Vaccine operations Central Provinces & Berar 1922-1929 - 1922-1929
Year: 1922
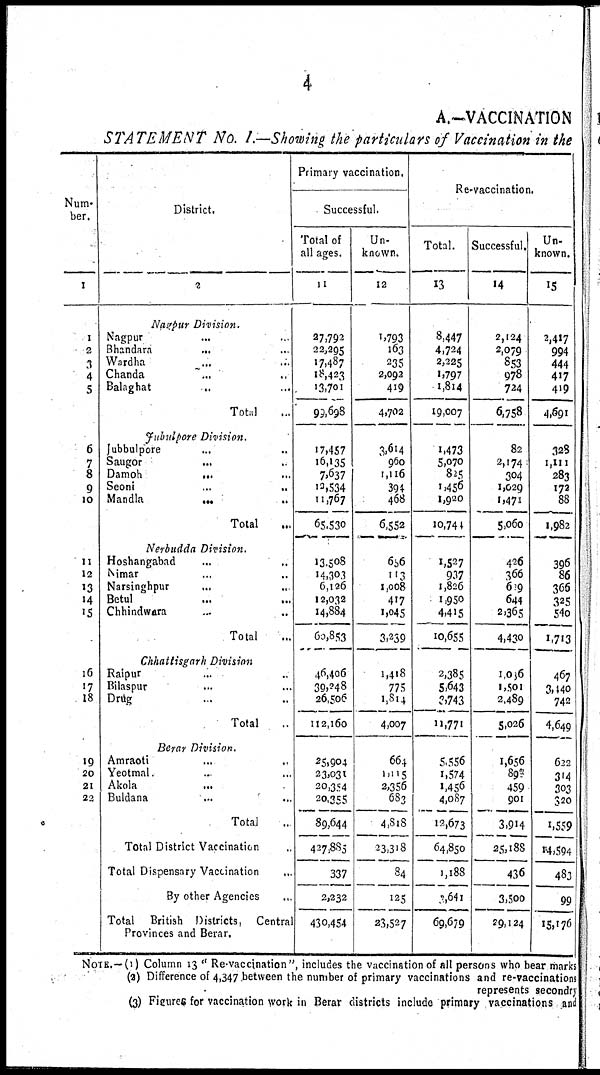
4
A.—VACCINATION
STATEMENT No. I.—Showing the particulars of Vaccination in the
Num-
ber.
1
1
2
3
4
5
6
7
8
9
10
11
12
13
14
15
16
17
18
19
20
21
22
District.
2
Nagpur
Division.
Nagpur ... ...
Bhandara
...
...
Wardha ... ...
Chanda ... ...
Balaghat ... ...
Total ...
Jubulpore
Division.
Jubbulpore
...
...
Saugor ... ...
Damoh
...
...
Seoni ... ...
Mandla ... ...
Total ...
Nerbudda
Division.
Hoshangabad ... ...
Nimar ... ...
Narsinghpur ... ...
Betul ... ...
Chhindwara ... ...
Total ...
Chhattisgarh
Division
Raipur ... ...
Bilaspur ... ...
Drug ... ...
Total ...
Berar
Division.
Amraoti ... ...
Yeotmal ... ...
Akola
...
...
Buldana ... ...
Total ...
Total District Vaccination ...
Total Dispensary Vaccination ...
By other Agencies ...
Total
British Districts,
Centra
Provinces and Berar.
Primary vaccination.
Successful.
Total of
all ages.
11
27,792
22,295
17,487
18,423
13,701
99,698
17,457
16,135
7,637
12,534
11,767
65,530
13,508
14,300
6,126
12,032
14,884
60,853
46,406
39,248
26,506
112,160
25,904
23,031
20,304
20,355
89,644
427,885
337
2,232
430,454
Un-
known.
12
1,793
163
235
2,092
419
4,702
3,614
960
1,116
394
468
6,552
656
113
1,008
417
1,045
3,239
1,418
775
1,814
4,007
664
1,115
2,356
683
4,818
23,318
84
125
23,527
Re-vaccination.
Total.
13
8,447
4,724
2,225
1,797
1,814
19,007
1,473
5,070
825
1,456
1,920
10,741
1,527
937
1,826
1,950
4,415
10,655
2,385
5,643
3,743
11,771
5,556
1,574
1,456
4,087
12,673
64,850
1,188
3,641
69,679
Successful.
14
2,124
2,079
853
978
724
6,758
82
2,174
304
1,029
1,471
5,060
426
366
609
644
2,365
4,430
1,006
1,501
2,489
5,026
1,656
890
459
901
3,914
25,188
436
3,500
29,124
Un-
known.
15
2,417
994
444
417
419
4,691
328
1,111
283
172
88
1,982
396
86
366
325
540
1,713
467
3,140
742
4,649
622
314
303
320
1,559
14,594
483
99
15,176
NOTE.—(1) Column 13 " Re vaccination", includes the vaccination of all persons who bear marks
(2) Difference of 4,347 between the number of primary vaccinations and re-vaccinations
represents secondry
(3) Figures for vaccination work in Berar districts include primary vaccinations and